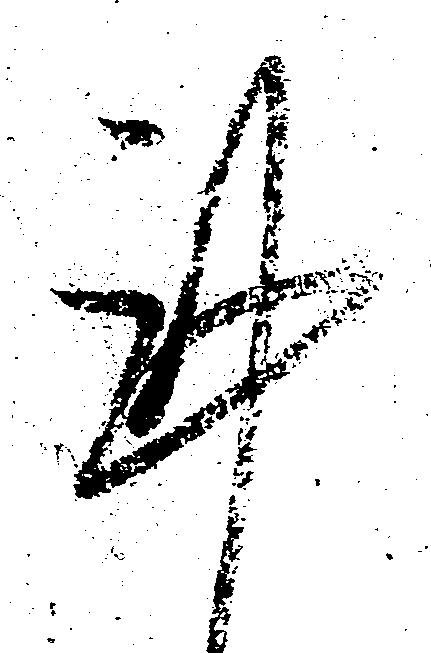
謹